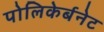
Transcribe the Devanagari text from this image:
पोलिकेर्बनेट